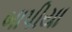
બાપીયા